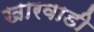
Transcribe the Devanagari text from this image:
खारवाडी